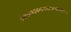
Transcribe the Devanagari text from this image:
१०००००००००००००००